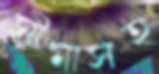
সীমাসহ